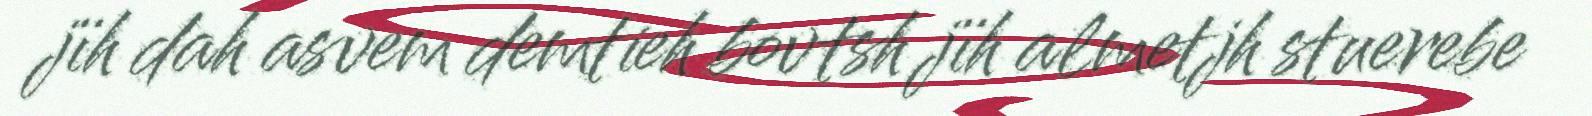
jïh dah asvem demtieh bovtsh jïh almetjh stuerebe